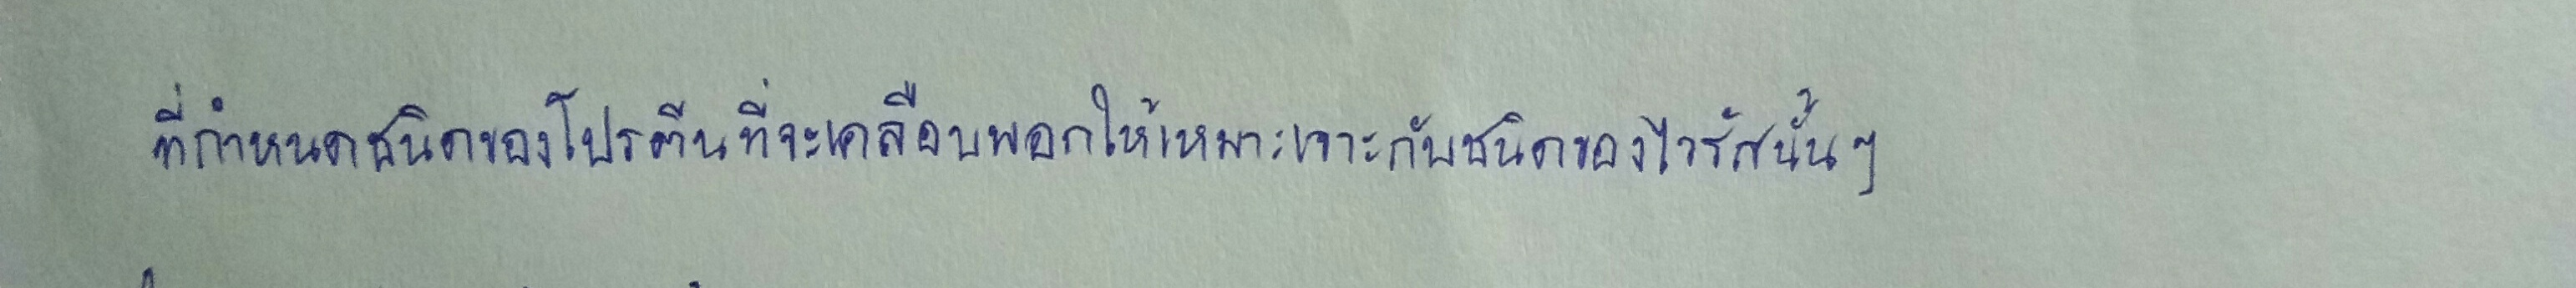
ที่กำหนดชนิดของโปรตีนที่จะเคลือบพอกให้เหมาะเจาะกับชนิดของไวรัสนั้นๆ